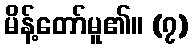
မိန့်တော်မူ၏။ (၇)